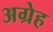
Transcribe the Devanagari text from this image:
अग्रेह